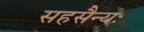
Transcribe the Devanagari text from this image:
सहसैन्यः